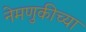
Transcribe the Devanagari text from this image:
नेमणुकीच्या